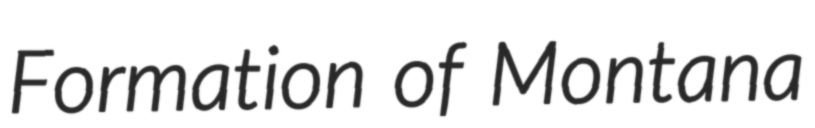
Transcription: Formation of Montana